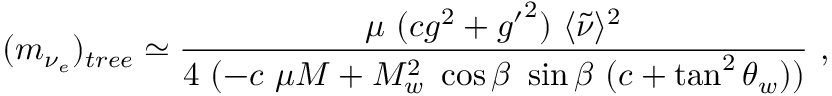
( m _ { \nu _ { e } } ) _ { t r e e } \simeq \frac { \mu ~ ( c g ^ { 2 } + { g ^ { \prime } } ^ { 2 } ) ~ \langle \tilde { \nu } \rangle ^ { 2 } } { 4 ~ ( - c ~ \mu M + M _ { w } ^ { 2 } ~ \cos \beta ~ \sin \beta ~ ( c + \tan ^ { 2 } \theta _ { w } ) ) } ~ ,